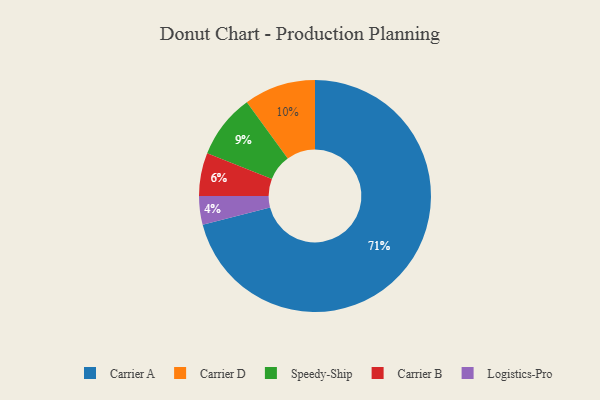
{"axis": {"x": "Category", "y": "Percentage"}, "legend": ["Carrier A", "Carrier B", "Carrier D", "Logistics-Pro", "Speedy-Ship"], "data": [{"x": "Logistics-Pro", "y": 4, "type": "Logistics-Pro"}, {"x": "Carrier A", "y": 71, "type": "Carrier A"}, {"x": "Carrier B", "y": 6, "type": "Carrier B"}, {"x": "Carrier D", "y": 10, "type": "Carrier D"}, {"x": "Speedy-Ship", "y": 9, "type": "Speedy-Ship"}]}